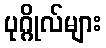
ပုဂ္ဂိုလ်များ